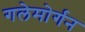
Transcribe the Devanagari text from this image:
गलेमोर्गन